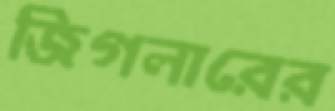
জিগলারের